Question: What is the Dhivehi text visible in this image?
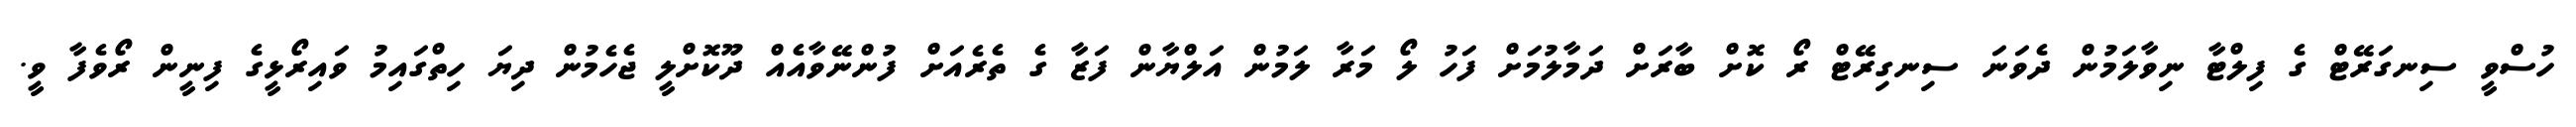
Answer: ހުސްވީ ސިނގަރޭޓް ގެ ފިލްޓާ ނިވާލަމުން ދެވަނަ ސިނގިރޭޓް ރޯ ކޮށް ބާރަށް ދަމާލުމަށް ފަހު ލޯ މަރާ ލަމުން އަލްޔާން ފަޒާ ގެ ތެރެއަށް ފުންނޭވާއެއް ދޫކޮށްލީ ޖެހެމުން ދިޔަ ހިތްގައިމު ވައިރޯޅީގެ ފިނީން ރޯވެފާ ވީ.